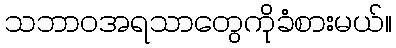
သဘာဝအရသာတွေကိုခံစားမယ်။